Document type: Sale
Year: 1209
Scribe: Arnau de Torre
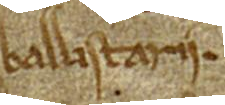
Ballistarii.